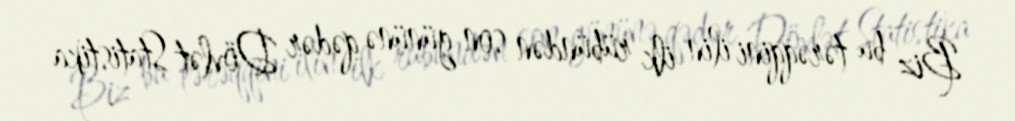
Biz bu tərəqqini ilin ilk rübündən son gününə qədər Dövlət Statistika